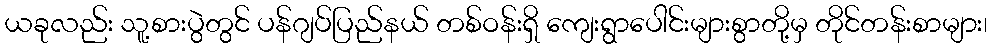
ယခုလည်း သူ့စားပွဲတွင် ပန်ဂျပ်ပြည်နယ် တစ်ဝန်းရှိ ကျေးရွာပေါင်းများစွာတို့မှ တိုင်တန်းစာများ၊